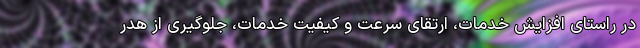
در راستای افزایش خدمات، ارتقای سرعت و کیفیت خدمات، جلوگیری از هدر